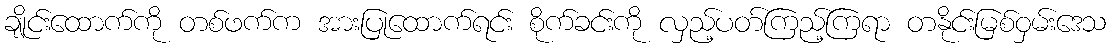
ချိုင်းထောက်ကို တစ်ဖက်က အားပြုထောက်ရင်း စိုက်ခင်းကို လှည့်ပတ်ကြည့်ကြရာ တနိုင်းမြစ်ဝှမ်းဒေသ